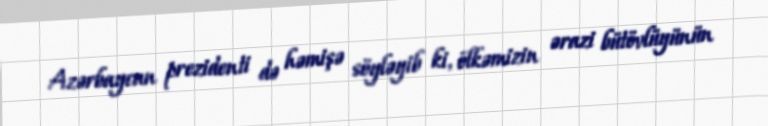
Azərbaycan prezidenti də həmişə söyləyib ki, ölkəmizin ərazi bütövlüyünün